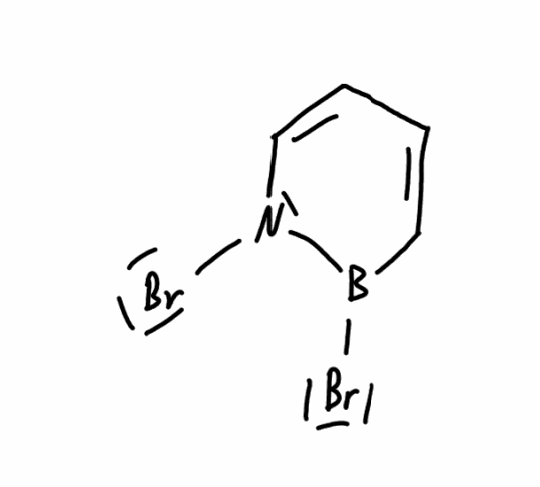
Simplified molecular-input line-entry system (SMILES) notation of the given molecule:
B1(C=CC=CN1Br)Br